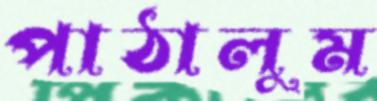
পাঠালুম